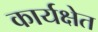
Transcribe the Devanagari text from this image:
कार्यक्षेत